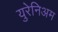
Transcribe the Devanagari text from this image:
युरेनिअम